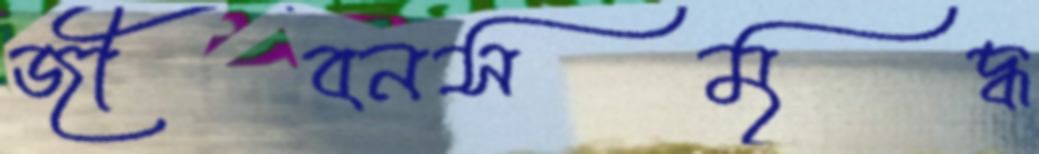
জীবনসমৃদ্ধ